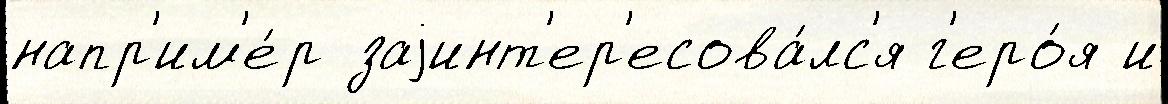
напр'им'е́р заjинт'ер'есова́лс'я г'еро́я и